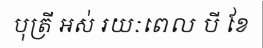
បុត្រី អស់ រយៈពេល បី ខែ